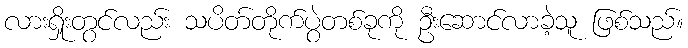
လားရှိုးတွင်လည်း သပိတ်တိုက်ပွဲတစ်ခုကို ဦးဆောင်လာခဲ့သူ ဖြစ်သည်။